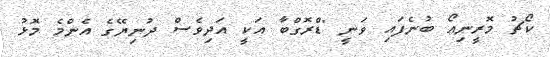
ކޯޗު މޮރީނިއޯ ބުނެފައި ވަނީ "ޑްރޮގްބާ އަކީ އަދިވެސް ދުނިޔޭގެ އެންމެ މޮޅު